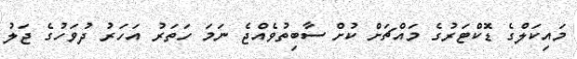
މައިކަލްގެ ޑޮކްޓަރުގެ މައްޗަށް ކުށް ސާބިތުވެއްޖެ ނަމަ ހަތަރު އަހަރު ދުވަހުގެ ޖަލު